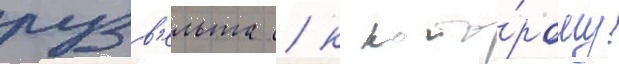
рузв'ельта / к кото́рому